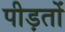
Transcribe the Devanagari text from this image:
पीड़तों